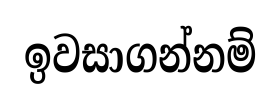
ඉවසාගන්නම්